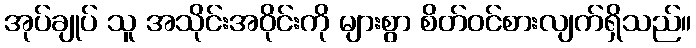
အုပ်ချုပ် သူ အသိုင်းအဝိုင်းကို များစွာ စိတ်ဝင်စားလျက်ရှိသည်။